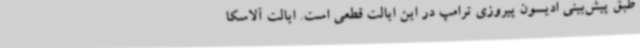
طبق پیش‌بینی ادیسون پیروزی ترامپ در این ایالت قطعی است. ایالت آلاسکا